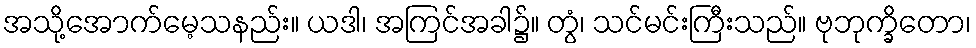
အသို့အောက်မေ့သနည်း။ ယဒါ၊ အကြင်အခါ၌။ တွံ၊ သင်မင်းကြီးသည်။ ဗုဘုက္ခိတော၊